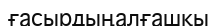
ғасырдыңалғашқы